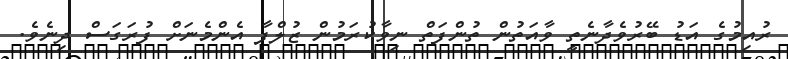
ރުއިމުގެ އަޑު ބޭރުވެދާނެތީ ވާއަތުން ތުންފަތް ނިވާކުރަމުން ޒުލްފާ އެންމެނަށް ފުރަގަސް ދިނެވެ.